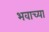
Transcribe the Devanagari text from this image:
भवाच्या